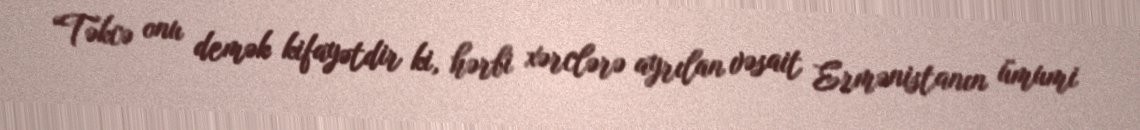
“Təkcə onu demək kifayətdir ki, hərbi xərclərə ayrılan vəsait Ermənistanın ümumi